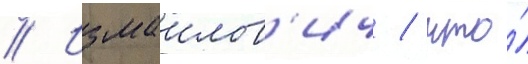
// Измаилов'ич / что́